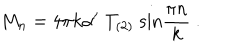
M _ { n } = 4 \pi k \alpha ^ { \prime } \; T _ { ( 2 ) } \; \mathrm { s i n } { \frac { \pi n } { k } } \ .